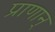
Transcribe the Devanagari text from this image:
प्राणान्